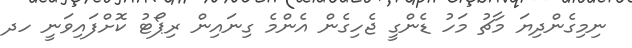
ނިމިގެންދިޔަ މާޗު މަހު ޑެންގީ ޖެހިގެން އެންމެ ގިނައިން ރިޕޯޓު ކޮށްފައިވަނީ ހދ